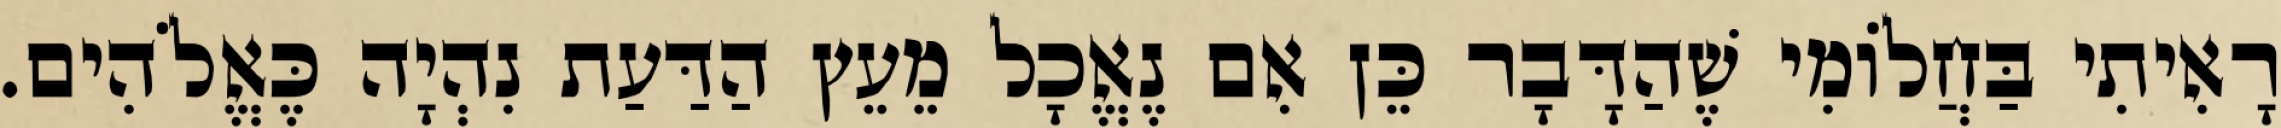
רָאִיתִי בַּחֲלוֹמִי שֶׁהַדָּבָר כֵּן אִם נֶאֱכָל מֵעֵץ הַדַּעַת נִהְיָה כֶּאֱלֹהִים.